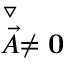
\stackrel { \triangledown } { \vec { A } } \ne { \bf 0 }